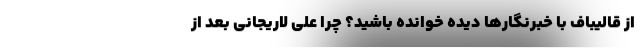
از قالیباف با خبرنگارها دیده خوانده باشید؟ چرا علی لاریجانی بعد از